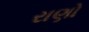
રાણો